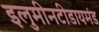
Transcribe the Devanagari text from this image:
इलुमीनटीडायमंड